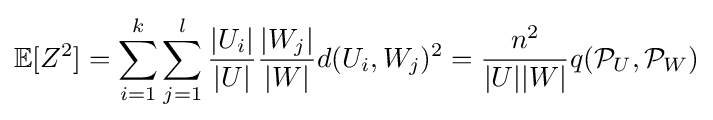
\mathbb {E} [Z^{2}]=\sum _{i=1}^{k}\sum _{j=1}^{l}{\frac {|U_{i}|}{|U|}}{\frac {|W_{j}|}{|W|}}d(U_{i},W_{j})^{2}={\frac {n^{2}}{|U||W|}}q({\mathcal {P}}_{U},{\mathcal {P}}_{W})